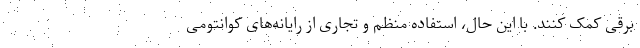
برقی کمک کنند. با این حال، استفاده منظم و تجاری از رایانه‌های کوانتومی